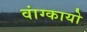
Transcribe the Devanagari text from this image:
वांग्कायो